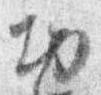
切